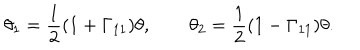
\theta _ { 1 } = { \frac { 1 } { 2 } } ( 1 + \Gamma _ { 1 1 } ) \theta , \qquad \theta _ { 2 } = { \frac { 1 } { 2 } } ( 1 - \Gamma _ { 1 1 } ) \theta .